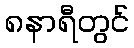
၈နာရီတွင်